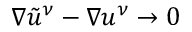
\nabla \tilde { u } ^ { \nu } - \nabla u ^ { \nu } \to 0